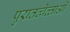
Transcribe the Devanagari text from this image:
पुरातत्‍वेत्‍ताओं